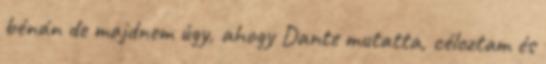
bénán de majdnem úgy, ahogy Dante mutatta, céloztam és